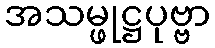
အသမ္ဖုဋ္ဌပုဗ္ဗာ